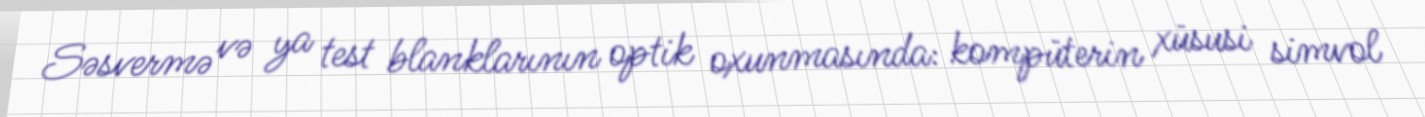
Səsvermə və ya test blanklarının optik oxunmasında: kompüterin xüsusi simvol